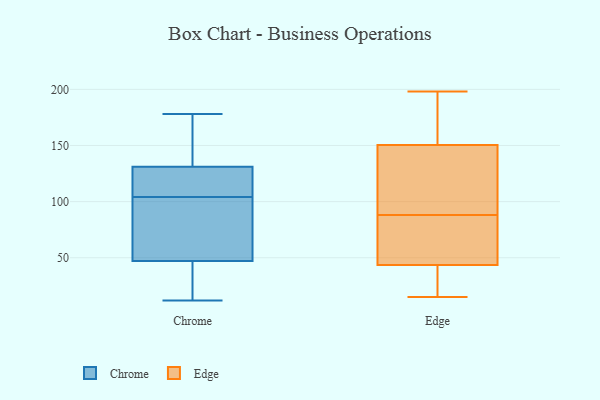
{"axis": {"x": "Page Views", "y": "Value"}, "legend": ["Chrome", "Edge"], "data": [{"x": "", "y": 22, "type": "Chrome"}, {"x": "", "y": 164, "type": "Chrome"}, {"x": "", "y": 169, "type": "Chrome"}, {"x": "", "y": 178, "type": "Chrome"}, {"x": "", "y": 53, "type": "Chrome"}, {"x": "", "y": 111, "type": "Chrome"}, {"x": "", "y": 12, "type": "Chrome"}, {"x": "", "y": 116, "type": "Chrome"}, {"x": "", "y": 27, "type": "Chrome"}, {"x": "", "y": 89, "type": "Chrome"}, {"x": "", "y": 116, "type": "Chrome"}, {"x": "", "y": 131, "type": "Chrome"}, {"x": "", "y": 97, "type": "Chrome"}, {"x": "", "y": 47, "type": "Chrome"}, {"x": "", "y": 188, "type": "Edge"}, {"x": "", "y": 166, "type": "Edge"}, {"x": "", "y": 15, "type": "Edge"}, {"x": "", "y": 130, "type": "Edge"}, {"x": "", "y": 37, "type": "Edge"}, {"x": "", "y": 113, "type": "Edge"}, {"x": "", "y": 138, "type": "Edge"}, {"x": "", "y": 163, "type": "Edge"}, {"x": "", "y": 50, "type": "Edge"}, {"x": "", "y": 96, "type": "Edge"}, {"x": "", "y": 198, "type": "Edge"}, {"x": "", "y": 76, "type": "Edge"}, {"x": "", "y": 15, "type": "Edge"}, {"x": "", "y": 50, "type": "Edge"}, {"x": "", "y": 80, "type": "Edge"}, {"x": "", "y": 25, "type": "Edge"}]}